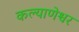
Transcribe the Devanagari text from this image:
कल्याणेश्वर